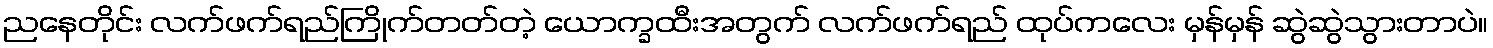
ညနေတိုင်း လက်ဖက်ရည်ကြိုက်တတ်တဲ့ ယောက္ခထီးအတွက် လက်ဖက်ရည် ထုပ်ကလေး မှန်မှန် ဆွဲဆွဲသွားတာပဲ။